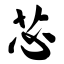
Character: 芯